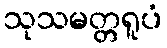
သုသမတ္တရူပံ